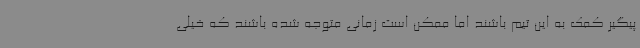
پیگیر کمک به این تیم باشند اما ممکن است زمانی متوجه شده باشند که خیلی